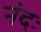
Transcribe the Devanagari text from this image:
नंदः